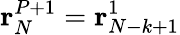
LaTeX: {\mathbf r}_{N}^{P+1}={\mathbf r}_{N-k+1}^{1}